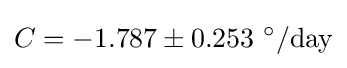
C=-1.787\pm 0.253\ ^{\circ }/{\text{day}}